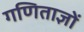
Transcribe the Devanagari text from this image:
गणिताज्ञों